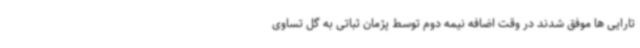
تارایی ها موفق شدند در وقت اضافه نیمه دوم توسط پژمان ثباتی به گل تساوی